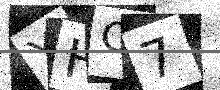
Text: YHC7